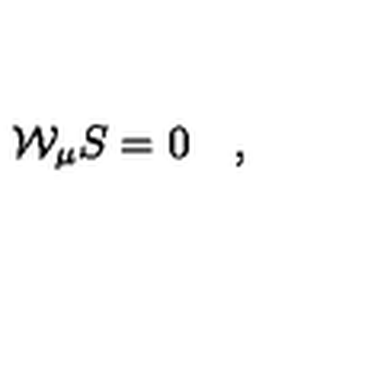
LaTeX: { \cal W } _ { \mu } S = 0 \quad ,